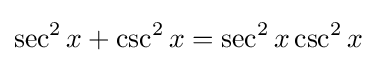
\sec ^{2}x+\csc ^{2}x=\sec ^{2}x\csc ^{2}x